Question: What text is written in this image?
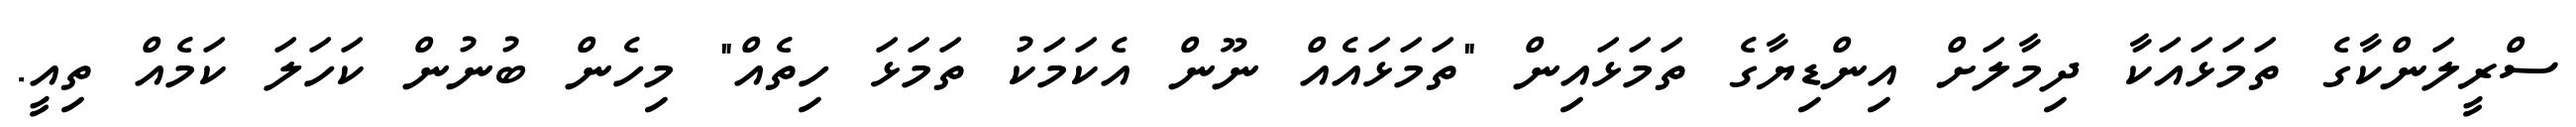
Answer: ސްރީލަންކާގެ ތަމަޅައަކާ ދިމާލަށް އިންޑިޔާގެ ތަމަޅައިން "ތަމަޅައެއް ނޫން އެކަމަކު ތަމަޅަ ހިތެއް" މިހެން ބުނުން ކަހަލަ ކަމެއް ތިއީ.